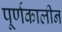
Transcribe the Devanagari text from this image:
पूर्णकालीन